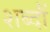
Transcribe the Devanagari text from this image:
शब्दौं